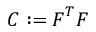
{ \boldsymbol { C } } : = { \boldsymbol { F } } ^ { T } { \boldsymbol { F } }